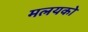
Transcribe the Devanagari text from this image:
मलयको